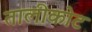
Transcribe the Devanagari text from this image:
तालीकोट